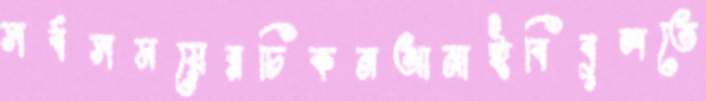
সর্বসময়েরচিকনআনাইবিবুলতে